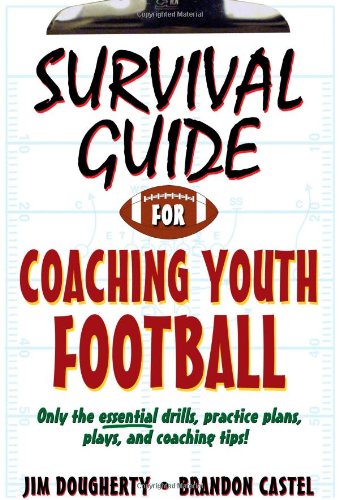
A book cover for Survival Guide for Coaching Youth Football (Survival Guide for Coaching Youth Sports); Jim Dougherty; Sports & Outdoors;